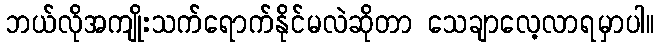
ဘယ်လိုအကျိုးသက်ရောက်နိုင်မလဲဆိုတာ သေချာလေ့လာရမှာပါ။